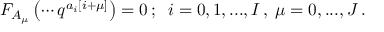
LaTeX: F _ { A _ { \mu } } \left( \cdots q ^ { a _ { i } \left[ i + \mu \right] } \right) = 0 \, ; \; \; i = 0 , 1 , . . . , I \, , \; \mu = 0 , . . . , J \, .